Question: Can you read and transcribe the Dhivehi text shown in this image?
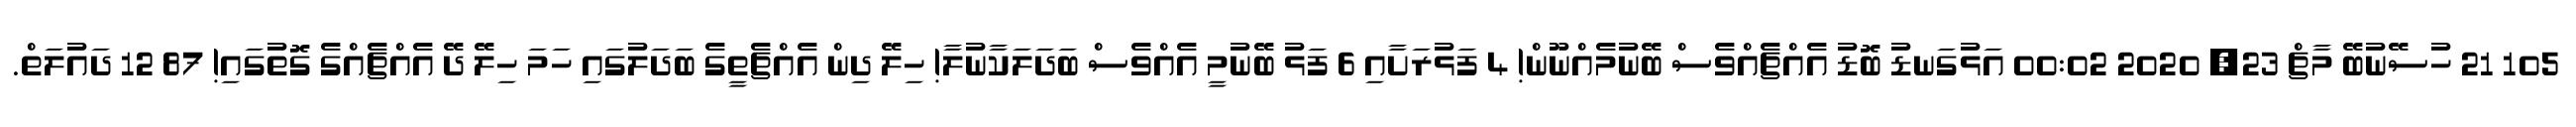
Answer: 105 21 ހުސޭނުބޭ މާޗް 23, 2020 00:02 އަޅުގަނޑު ބޮޑު އެއްޗެއްވެސް ބޭނުމެއްނޫން! 4 ފަޅުރަށާއި 6 ފަޅު ބޭނުމީ އެއްވެސް ބަދަލަކާނުލާ! ހިލޭ ދިން އެއްޗެތީގެ ބަދަލުގައި ހަމަ ހިލޭ ދޭ އެއްޗެއްގެ ގޮތުގައި! 87 12 ދައުލަތް.